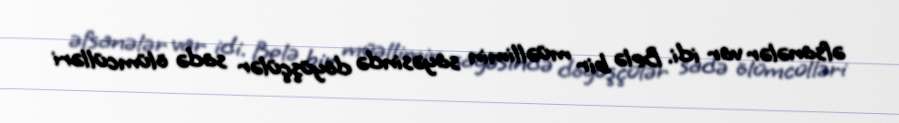
əfsanələr var idi. Belə bir müəllimin sayəsində döyüşçülər sadə ölümcülləri